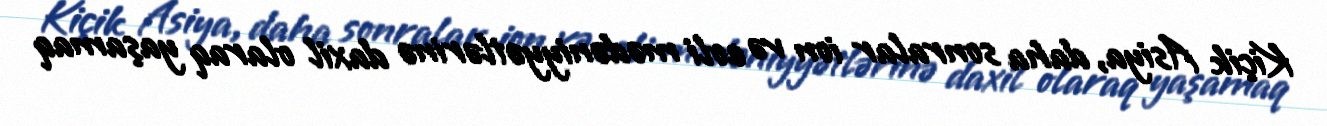
Kiçik Asiya, daha sonralar ion və eoli mədəniyyətlərinə daxil olaraq yaşamaq